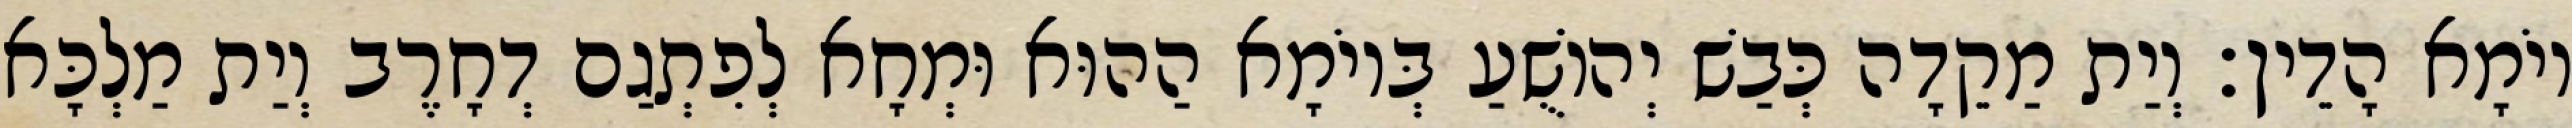
יוֹמָא הָדֵין׃ וְיַת מַקֵדָה כְּבַשׁ יְהוֹשֻׁעַ בְּיוֹמָא הַהוּא וּמְחָא לְפִתְגַם דְחָרֶב וְיַת מַלְכָּא